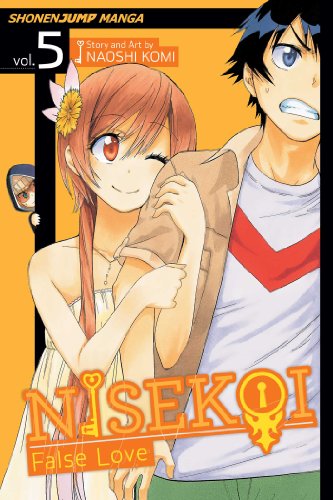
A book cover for Nisekoi: False Love, Vol. 5: Typhoon; Naoshi Komi; Comics & Graphic Novels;